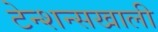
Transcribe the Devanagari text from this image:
टेन्शन्सखाली